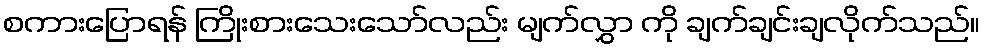
စကားပြောရန် ကြိုးစားသေးသော်လည်း မျက်လွှာ ကို ချက်ချင်းချလိုက်သည်။